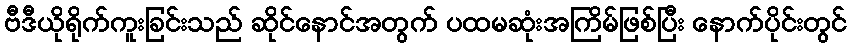
ဗီဒီယိုရိုက်ကူးခြင်းသည် ဆိုင်နောင်အတွက် ပထမဆုံးအကြိမ်ဖြစ်ပြီး နောက်ပိုင်းတွင်